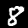
Digit: 8